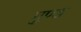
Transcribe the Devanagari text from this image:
गुण्ड